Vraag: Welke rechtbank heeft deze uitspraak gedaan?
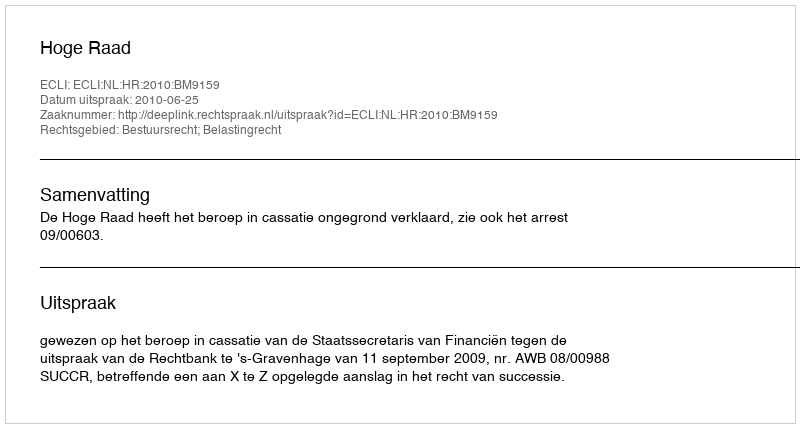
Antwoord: Hoge Raad